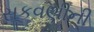
સૂકવણીની